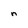
Character: n